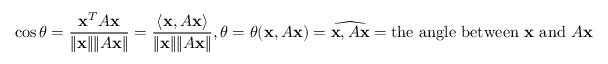
\cos \theta = { \frac { \mathbf { x } ^ { T } A \mathbf { x } } { \lVert \mathbf { x } \rVert \lVert A \mathbf { x } \rVert } } = { \frac { \langle \mathbf { x } , A \mathbf { x } \rangle } { \lVert \mathbf { x } \rVert \lVert A \mathbf { x } \rVert } } , \theta = \theta ( \mathbf { x } , A \mathbf { x } ) = { \widehat { \mathbf { x } , A \mathbf { x } } } = { \mathrm { t h e ~ a n g l e ~ b e t w e e n ~ } } \mathbf { x } { \mathrm { ~ a n d ~ } } A \mathbf { x }